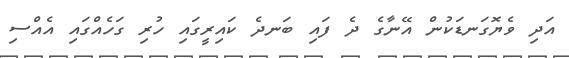
އަދި ވެޔޮގަނޑަކުން އޭނާގެ ދެ ފައި ބަނދެ ކައިރީގައި ހުރި ގަހެއްގައި އެއްސި